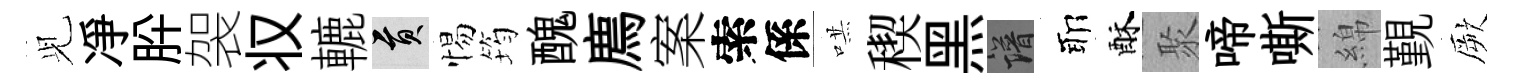
𫤗凈肸袈𠬧轆貢惕筠醜廌案索係哄稧黑譜耶酥聚啼嘶綿覲厥